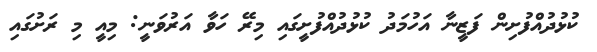
ކުޅުދުއްފުށިން ފަޒީނާ އަހުމަދު ކުޅުދުއްފުށީގައި މިރޭ ހަވާ އަރުވަނީ: މިއީ މި ރަށުގައި